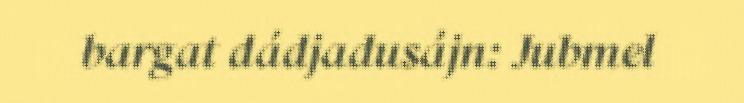
bargat dádjadusájn: Jubmel